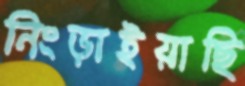
নিংড়াইয়াছি